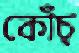
কোঁচ্‌